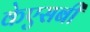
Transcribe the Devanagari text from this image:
केएसबी